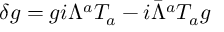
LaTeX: \delta g = g i \Lambda ^ { a } T _ { a } - i \bar { \Lambda } ^ { a } T _ { a } g